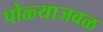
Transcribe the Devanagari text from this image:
पोळ्याजवळ